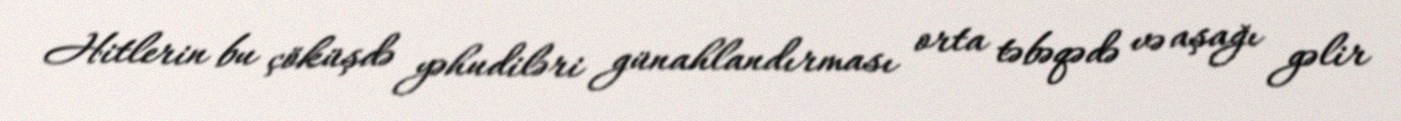
Hitlerin bu çöküşdə yəhudiləri günahlandırması orta təbəqədə və aşağı gəlir